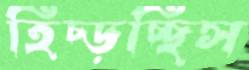
হিঁচ্‌ড়চ্ছিস